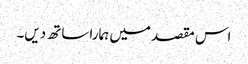
اس مقصد میں ہمارا ساتھ دیں۔